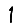
Digit: 1